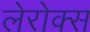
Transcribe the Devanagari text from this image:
लेरोक्स